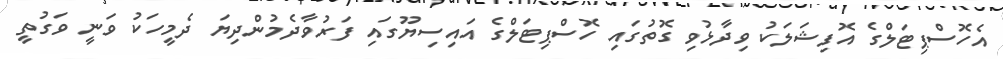
އެހޮސްޕިޓަލްގެ އޮފިޝަލަކު ވިދާޅުވި ގޮތުގައި ހޮސްޕިޓަލްގެ އައިސިޔޫގައި ފަރުވާދެމުންދިޔަ ދެމީހަކު ވަނީ ވަގުތީ